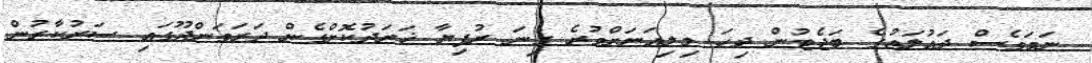
ނަމަވެސް ދައުލަތުގެ ބަޖެޓުން ދިހަ މިލިއަނަށްވުރެ ގިނަ ރުފިޔާ ޚަރަދުކޮށްގެން ދަރަވަންދޫގައި ސަރުކާރުން